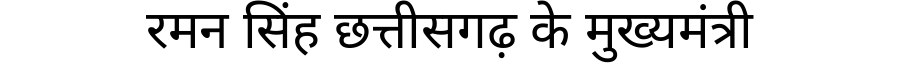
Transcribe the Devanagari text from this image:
रमन सिंह छत्तीसगढ़ के मुख्यमंत्री